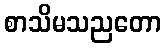
စာသိမသညတော